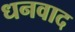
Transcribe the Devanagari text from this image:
धनवाद